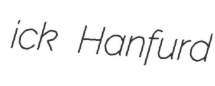
ick Hanfurd